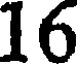
16